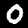
Label: 0